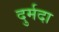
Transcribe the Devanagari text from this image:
दुर्मदा